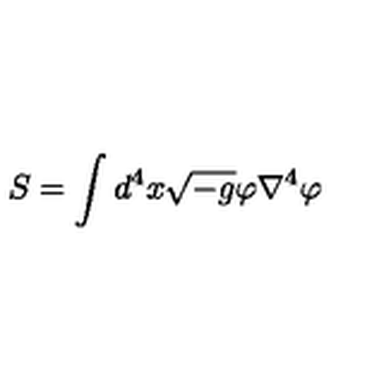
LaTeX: S = \int { d ^ { 4 } x } \sqrt { - g } \varphi \nabla ^ { 4 } \varphi